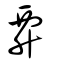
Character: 𧟨